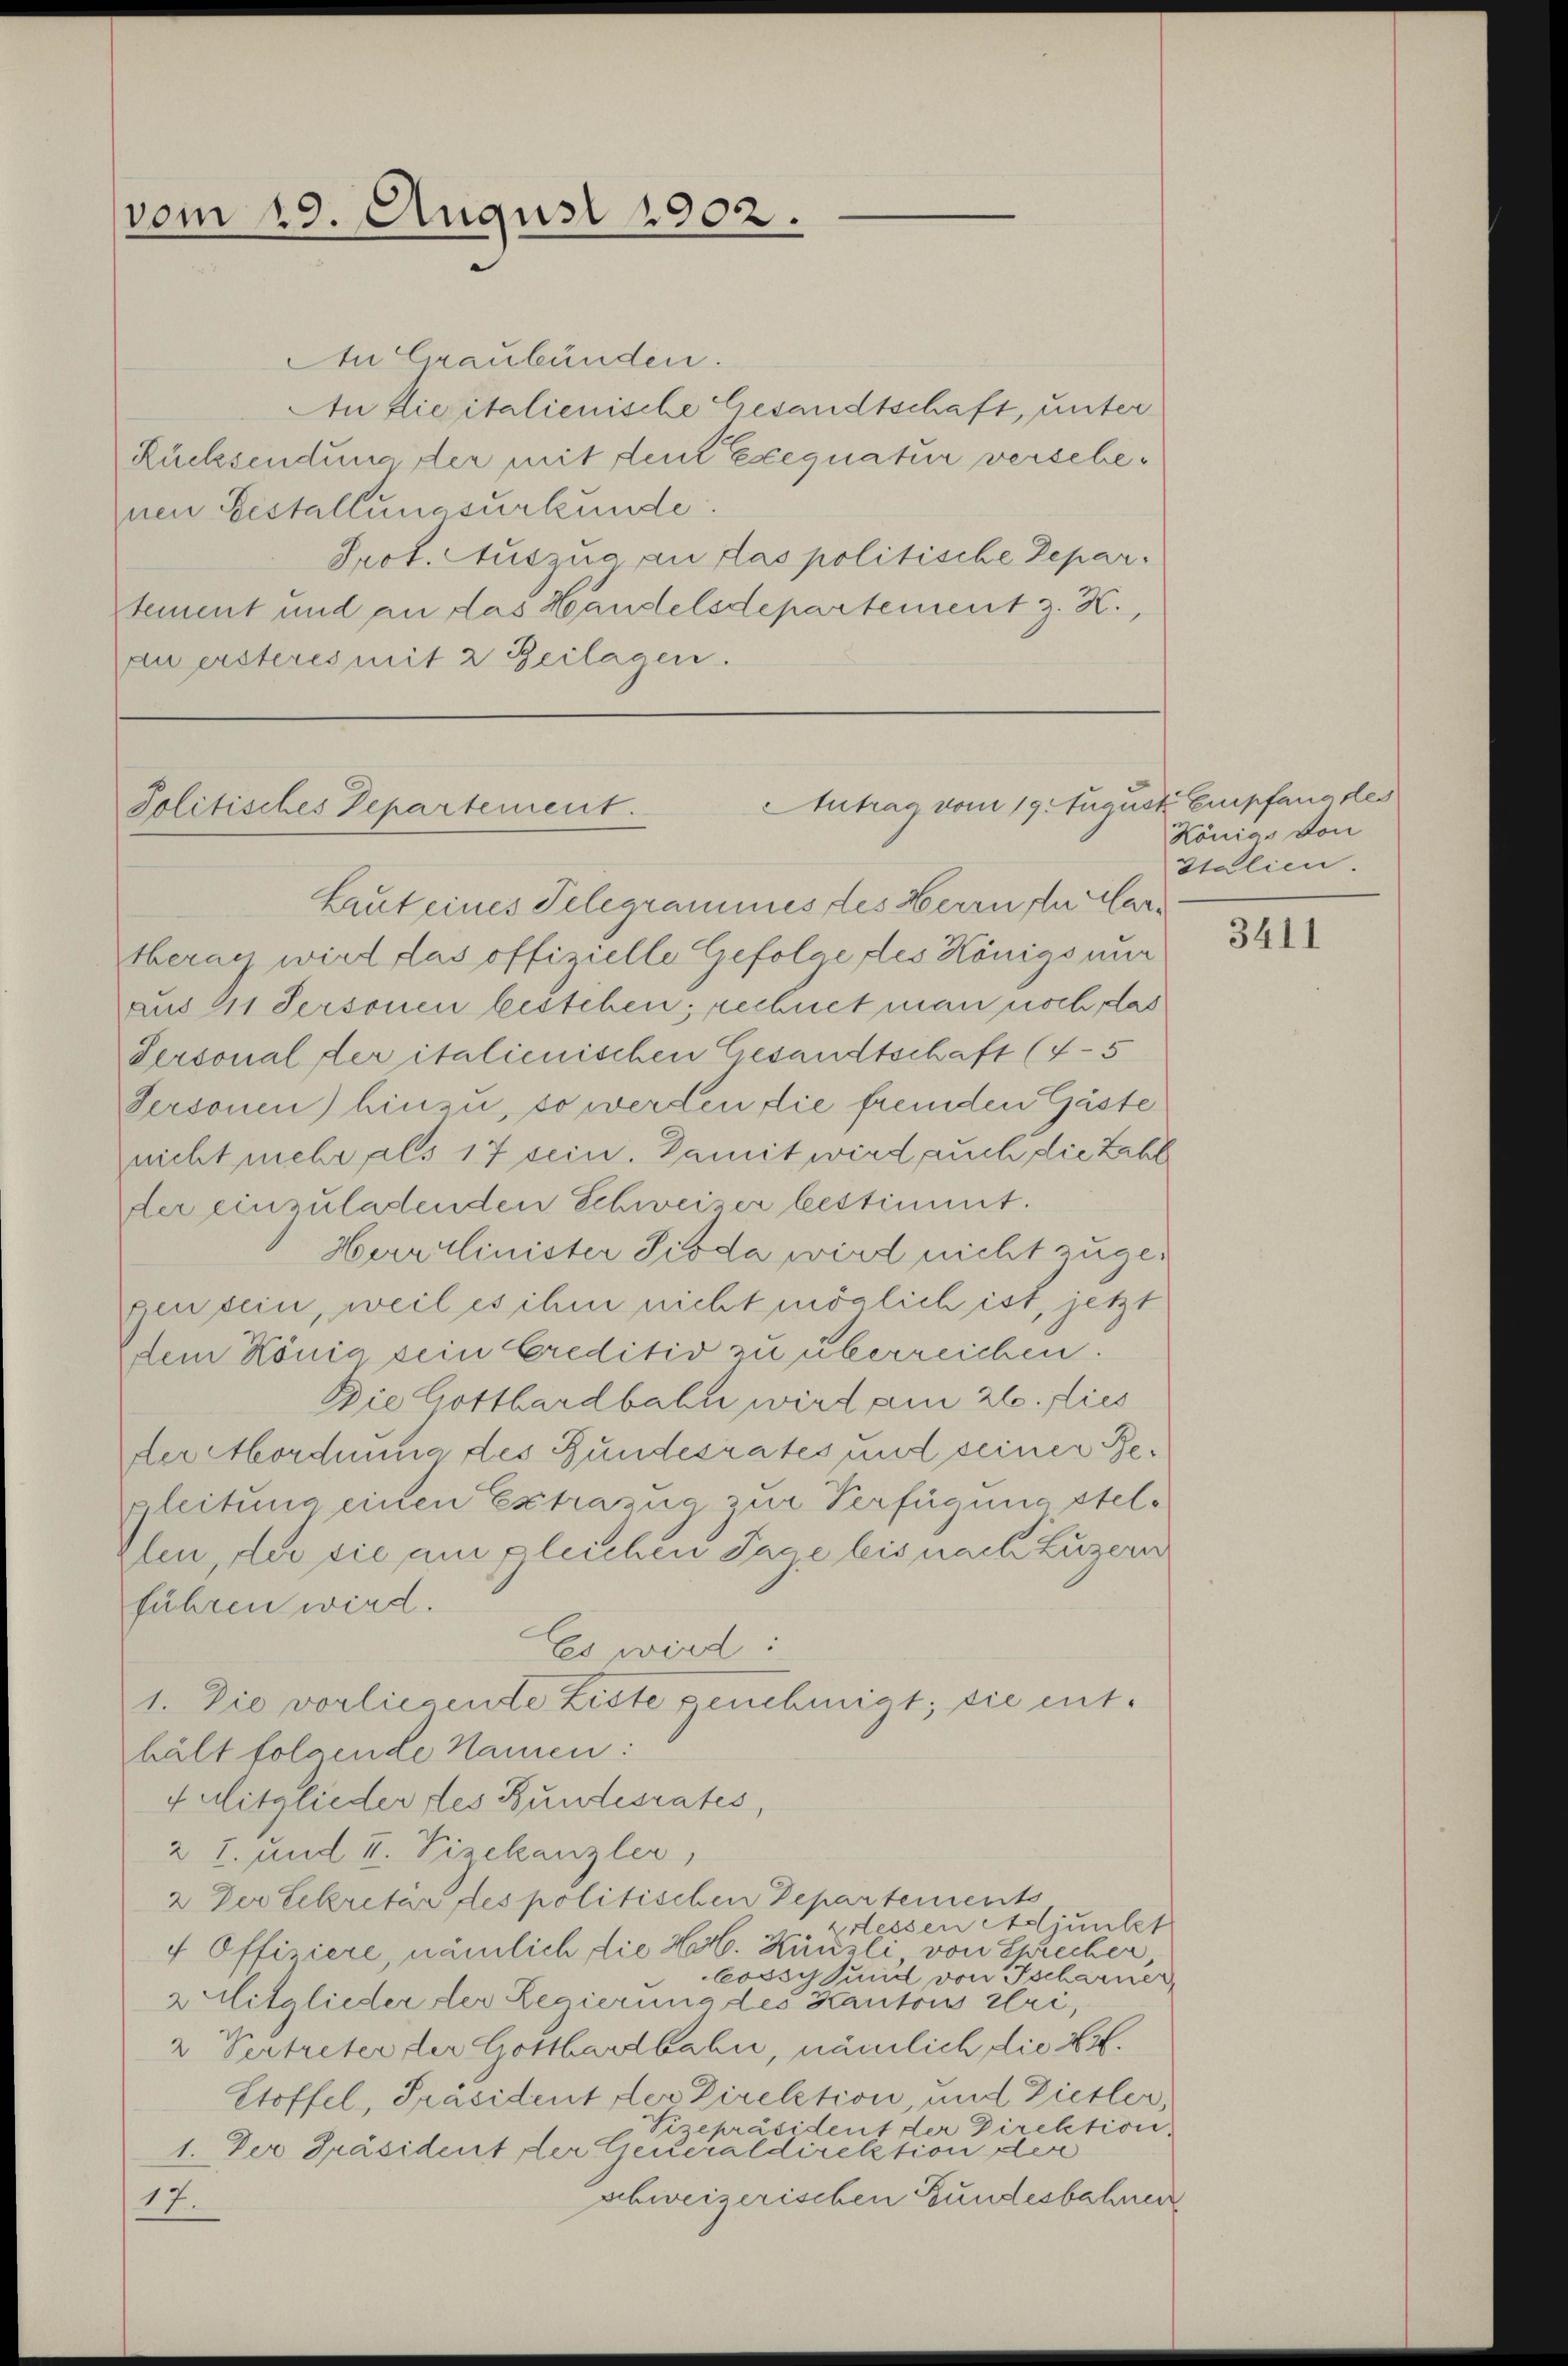
vom 19. August 1902.

An Graubünden.
An Licitalienische Gesandtschaft, unter
Rücksendung der mit den Exequatur verschenen Gestallungsurkunde
Prot. Auszug an das politische Departement und an das Handelsdepartement z. K.,
zuersteres mit 2 Beilagen.

Antrag vom 19. Augu
Politisches Departement.

Laut eines Telegrammes des Herrn der Martberau wird das offizielle Gefolge des Königs nur
aus 41 Personen bestehen; rechnet man noch, das
Sersonal der italienischen Gesandtschaft (4-5
Sersonen) hinzu, so werden die fremden Gäste
nicht mehr als 17 sein. Damit wird auch die Zahl
der einzuladenden Schweizer bestimmt.
Herrlinister Pioda wird nicht zugegen sein, weil es ihm nicht möglich ist, jetzt
dem König sein Creditiv zu überreichen.
Die Gotthardbahn wird am 26. lies
der Mordnung des Bundesrates und seiner Regleitung einen Extrazug zur Verfügung stelzlen, die sie am gleichen Tage leis nach Luzern
führen wird.
Es wird:
1. Die vorliegende Ziste genehmigt; sie enthält folgende Namen:
4 Mitglieder des Bundesrates,
2 7. und II. Vizekanzler,
2. Der Sekretär des politischen Departements,
Pressen Adjunkt
4 Offiziere, nämlich die Hr. Knüsli, von Sprecher,
bossyhsund von Tscharner
2 Mitglieder der Regierung des Kanton Uri,
2 Vertreter der Gotthardbahn, nämlich die L.
Stoffel, Präsident der Direktion, und Dietler,
Vizepräsident der Direktion
1. Der Präsident der Generaldirektion der
schweizerischen Bundesbahnen
17.

at Empfang des
Königs von
Italien.

3411